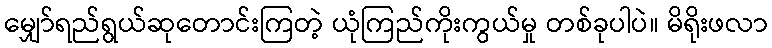
မျှော်ရည်ရွယ်ဆုတောင်းကြတဲ့ ယုံကြည်ကိုးကွယ်မှု တစ်ခုပါပဲ။ မိရိုးဖလာ